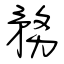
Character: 務